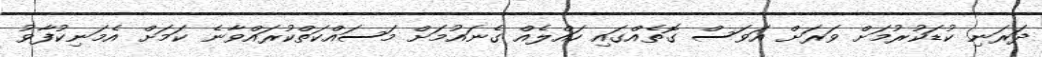
ދަރަނި ކުޑަކުރުމަށް ވަރަށް އަވަސް ގޮތެއްގައި ހައްލެއް ގެނައުމަށް މަސައްކަތްކުރައްވާނެ ކަމަށް އެމަނިކުފާވު